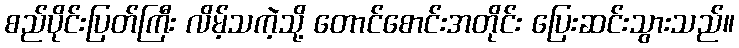
စည်ပိုင်းပြတ်ကြီး လိမ့်သကဲ့သို့ တောင်စောင်းအတိုင်း ပြေးဆင်းသွားသည်။